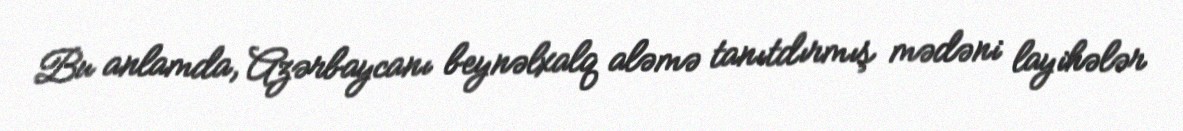
Bu anlamda, Azərbaycanı beynəlxalq aləmə tanıtdırmış mədəni layihələr